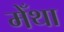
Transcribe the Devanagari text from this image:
मेँथा